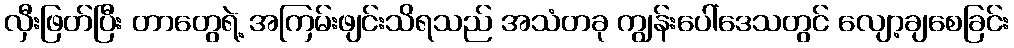
လှီးဖြတ်ပြီး တာတွေရဲ့ အကြမ်းဖျင်းသိရသည် အသံတခု ကျွန်းပေါ်ဒေသတွင် လျော့ချစေခြင်း